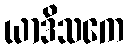
ယာဒိသကေ